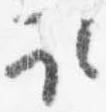
取